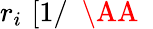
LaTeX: r_{i}\, \, [1/\mathrm{~{~\AA~}~}